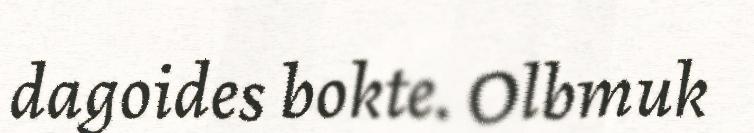
dagoides bokte. Olbmuk